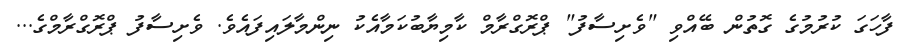
ފާހަގަ ކުރުމުގެ ގޮތުން ބޭއްވި "ވެށިސާފު" ޕްރޮގްރާމް ކާމިޔާބުކަމާއެކު ނިންމާލައިފައެވެ. ވެށިސާފު ޕްރޮގްރާމްގެ...